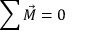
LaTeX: \sum { \vec { M } } = 0